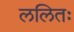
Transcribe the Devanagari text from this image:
ललितः